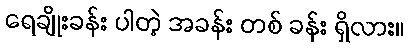
ရေချိုးခန်း ပါတဲ့ အခန်း တစ် ခန်း ရှိလား။